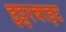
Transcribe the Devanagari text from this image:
इट्टरबाइट